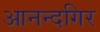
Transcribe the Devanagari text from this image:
आनन्दगिर